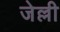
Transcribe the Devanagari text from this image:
जेल्ली